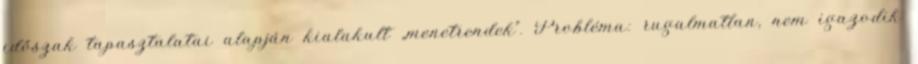
időszak tapasztalatai alapján kialakult „menetrendek”. Probléma: rugalmatlan, nem igazodik